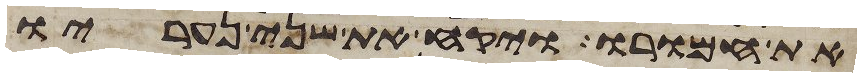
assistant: את חמורו ויקח את שני נעריו